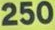
250